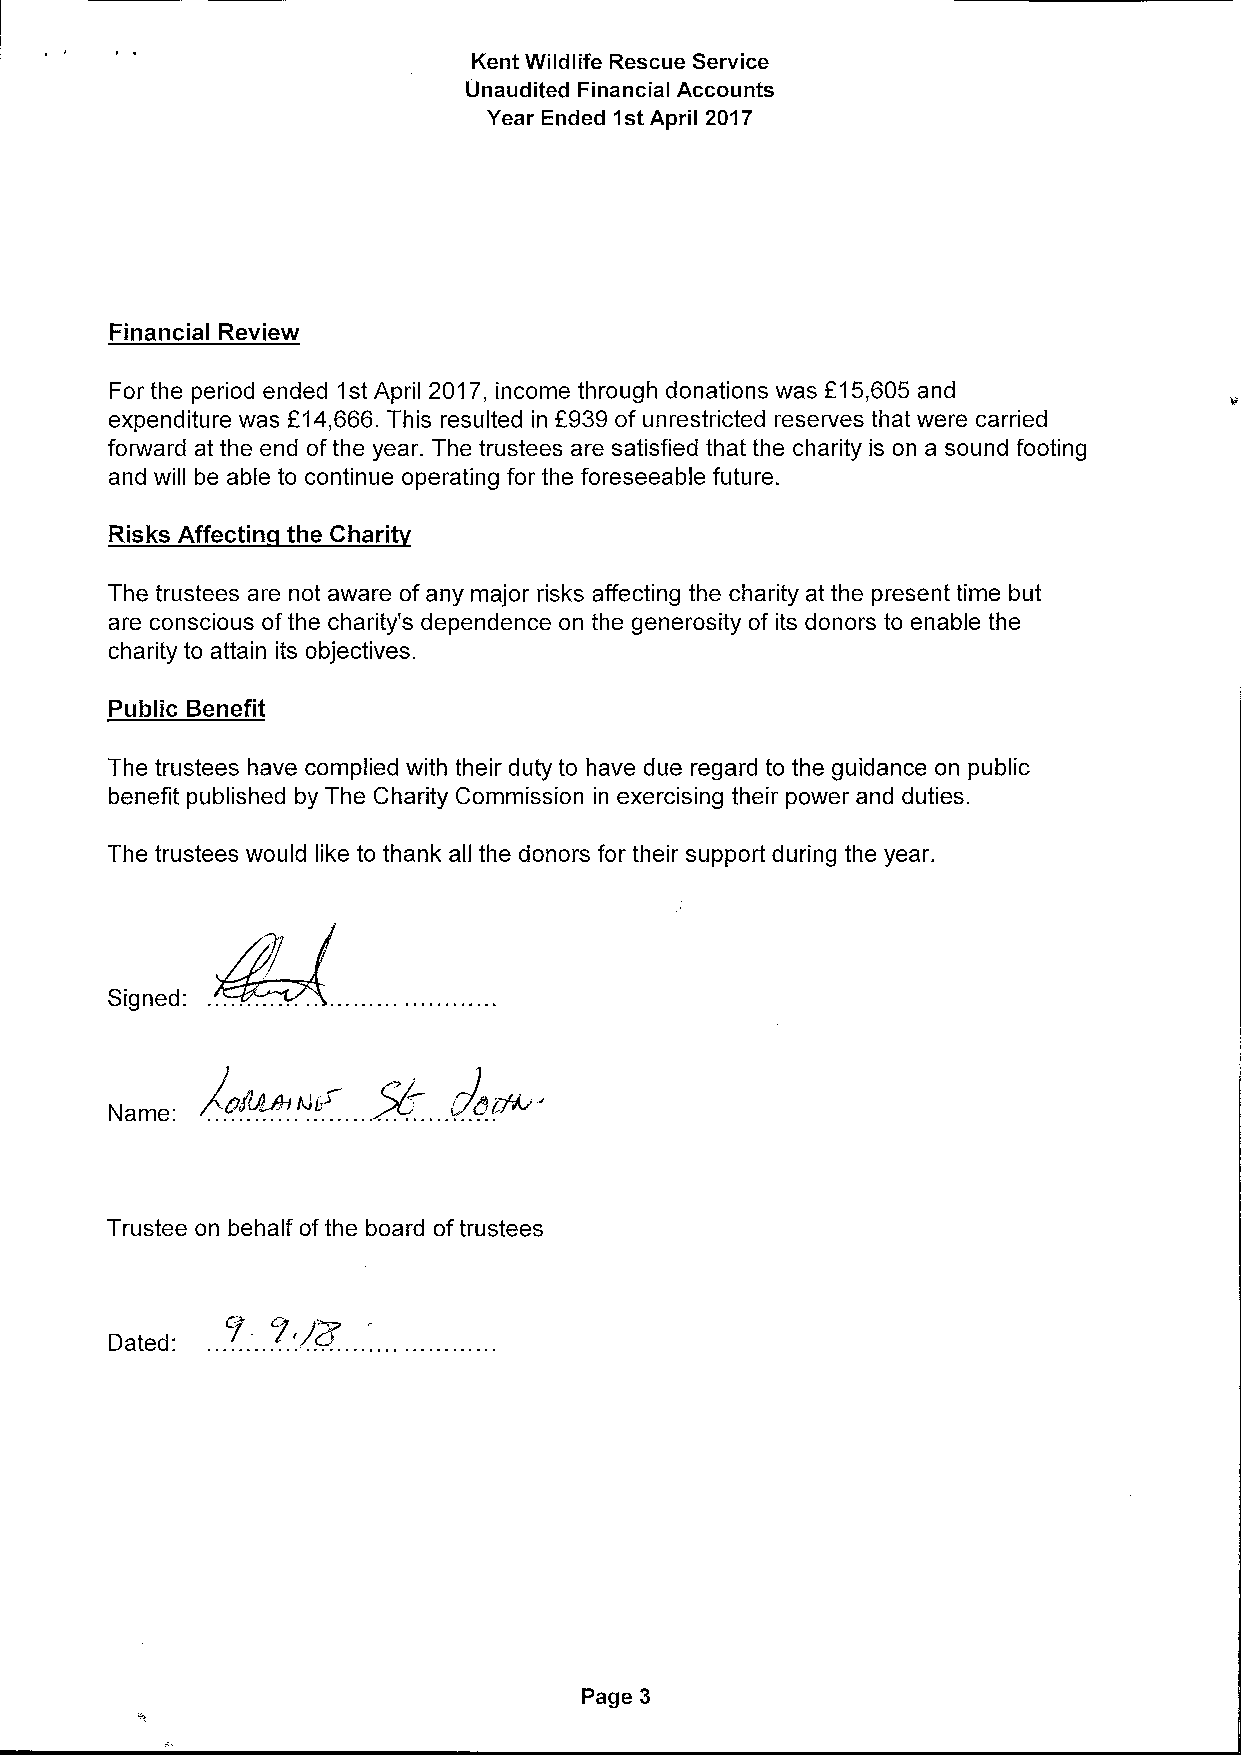
Kent Wildlife Rescue Service
 Unaudited Financial Accounts
 Year Ended 1stApril 2017
 Financial Review
 For the period ended 1stApril 2017, income through donations was f15,605 and
 expenditure was f14,666.This resulted in f939of unrestricted reserves that were carried
 forward at the end ofthe year. The trustees are satisfied that the charity is on a sound footing
 and will be able to continue operating for the foreseeable future.
 Risks Affectin the Chari
 The trustees are not aware of any major risks affecting the charity at the present time but
 are conscious ofthe charity's dependence on the generosity of its donors to enable the
 charity to attain its objectives.
 Public Benefit
 The trustees have complied with their duty to have due regard to the guidance on public
 benefit published by The Charity Commission in exercising their power and duties.
 The trustees would like to thank all the donors for their support during the year.
 Signed:
 Name
 Trustee on behalf ofthe board oftrustees
 Dated:
 Page 3